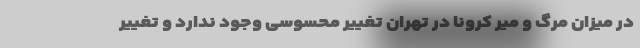
در میزان مرگ و میر کرونا در تهران تغییر محسوسی وجود ندارد و تغییر